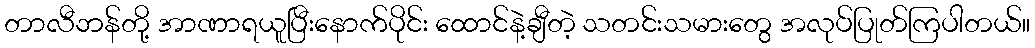
တာလီဘန်တို့ အာဏာရယူပြီးနောက်ပိုင်း ထောင်နဲ့ချီတဲ့ သတင်းသမားတွေ အလုပ်ပြုတ်ကြပါတယ်။